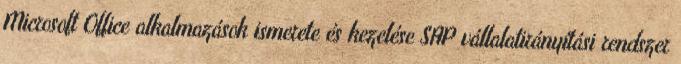
Microsoft Office alkalmazások ismerete és kezelése SAP vállalatirányítási rendszer